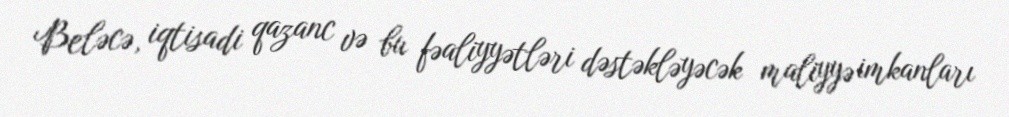
Beləcə, iqtisadi qazanc və bu fəaliyyətləri dəstəkləyəcək maliyyə imkanları